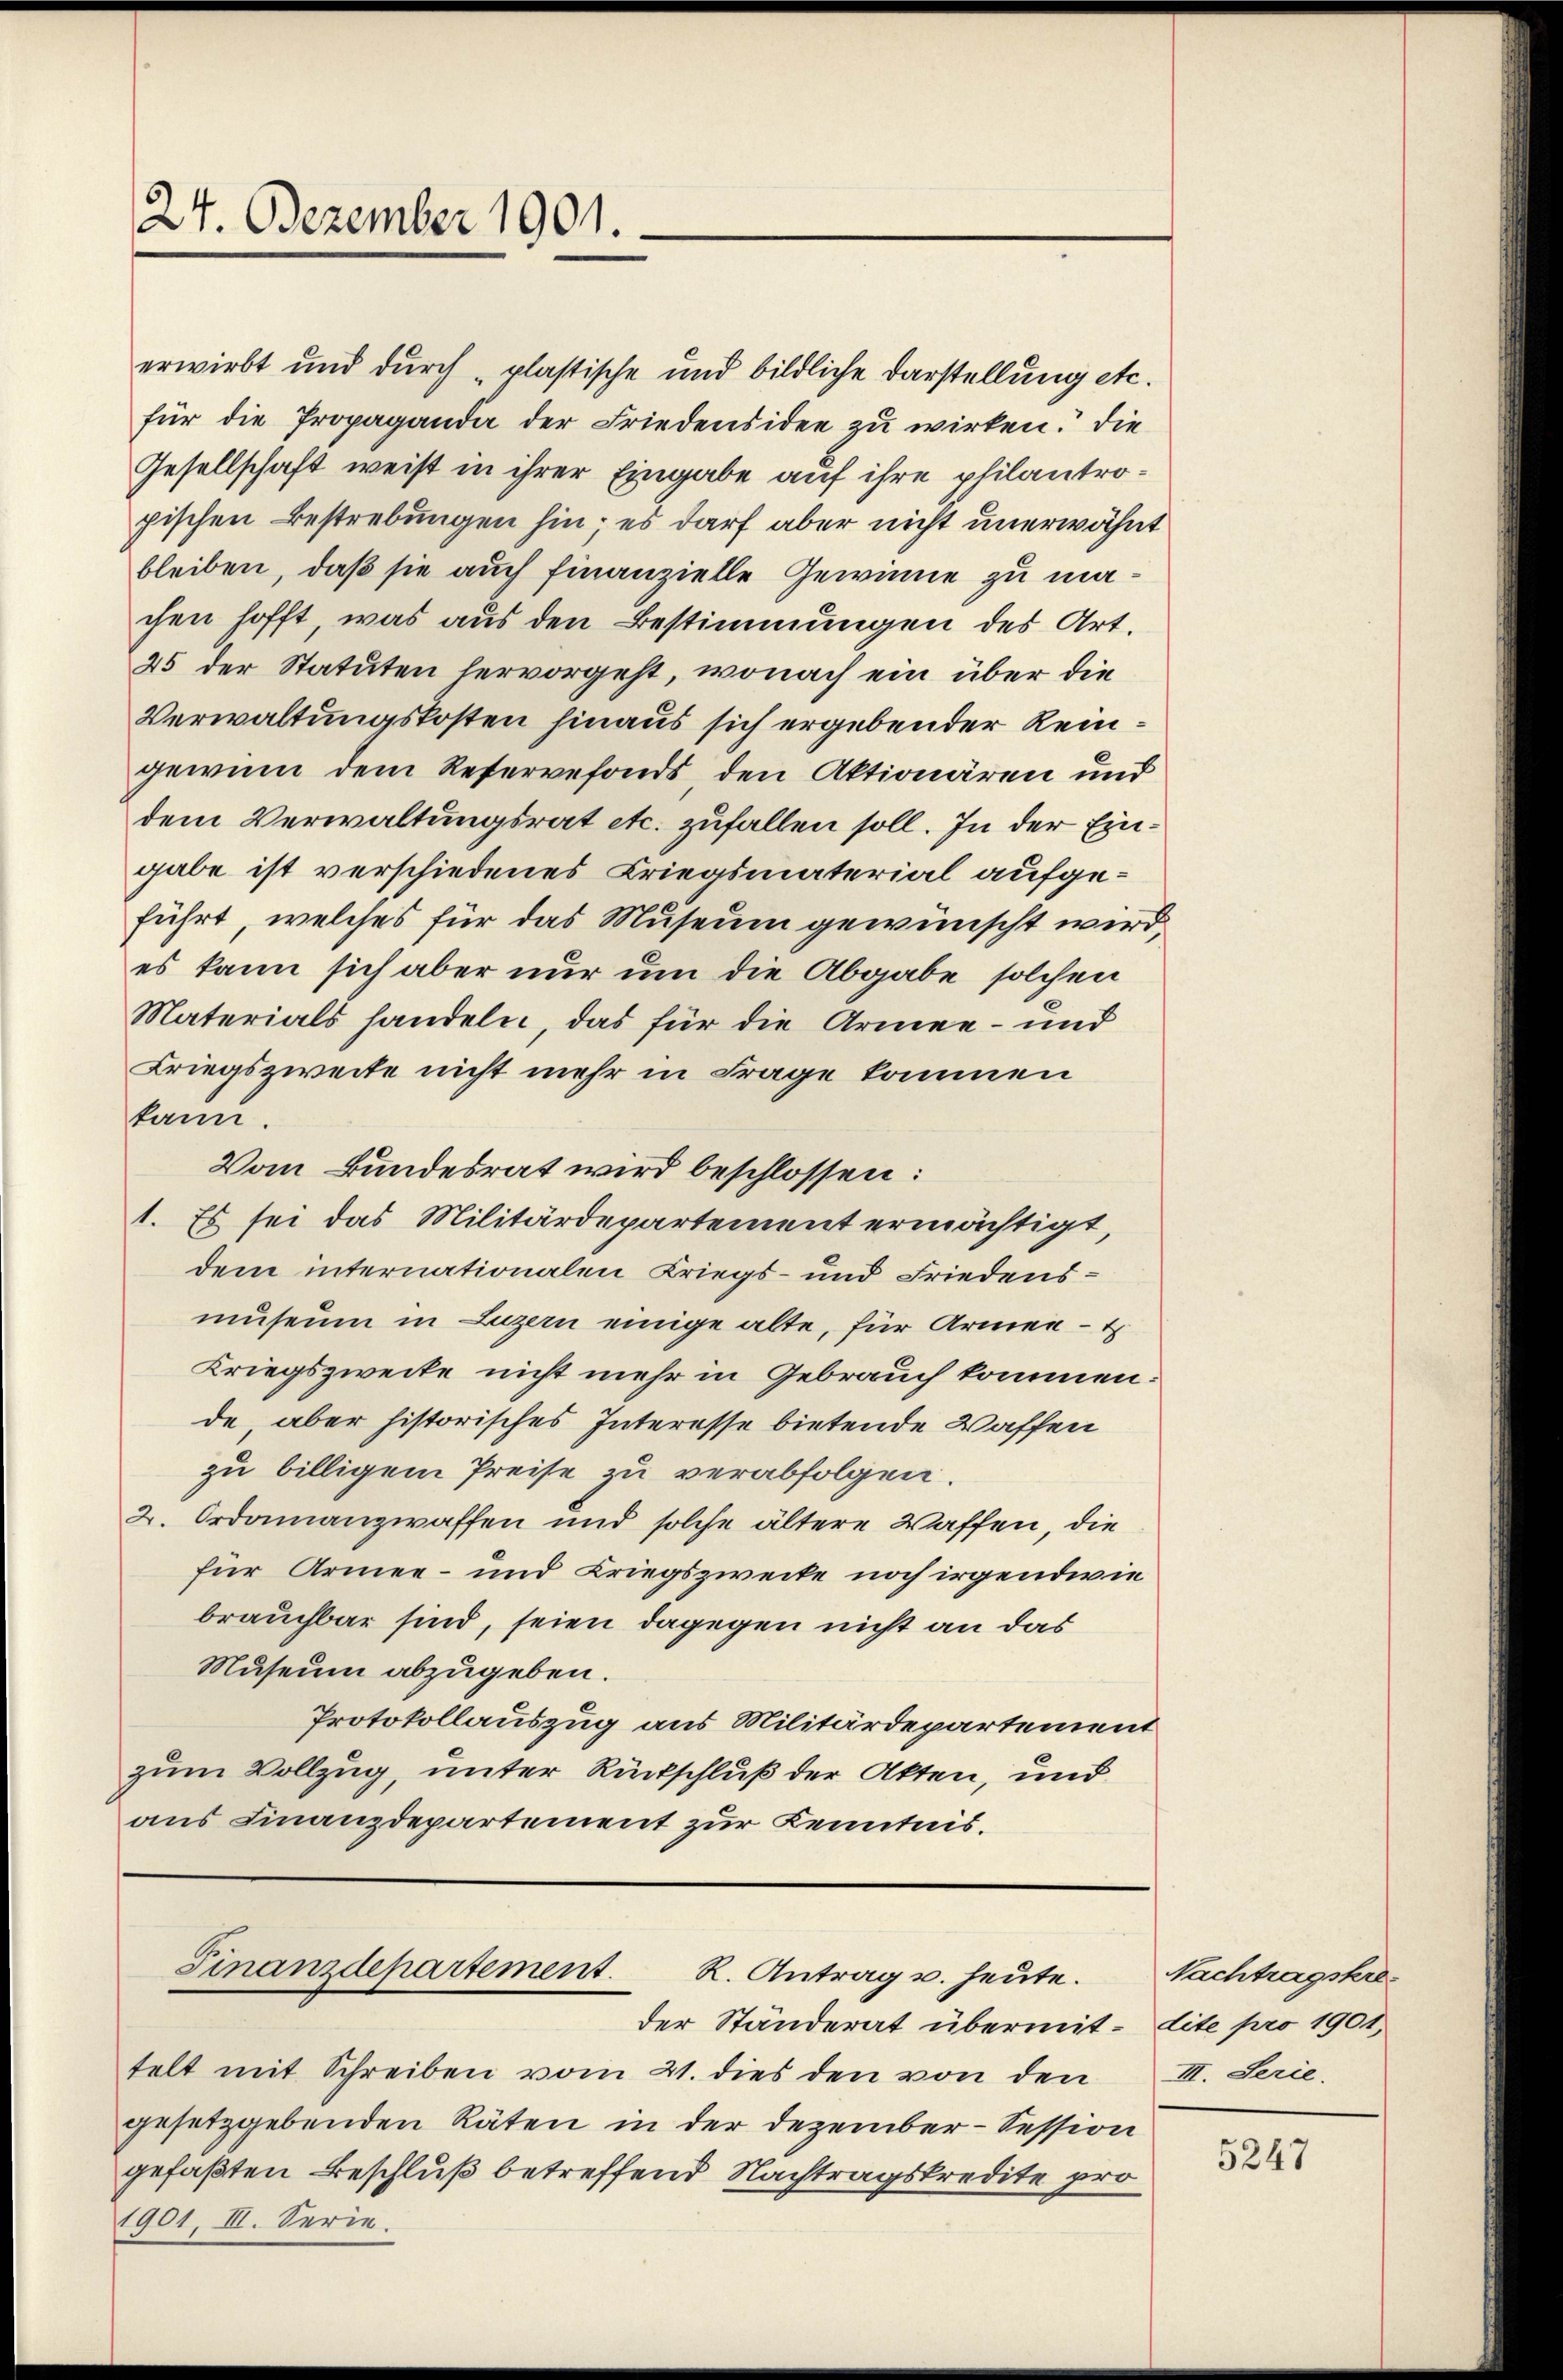
24. Dezember 1901.

erwirbt und durch „plastische und bildliche Darstellung etc.
für die Propaganda der Friedensidee zu wirken. Die
Gesellschaft weist in ihrer Eingabe auf ihre philantropischen Bestrebungen hin; es darf aber nicht unerwähnt
bleiben, daß sie auch finanzielle Gewinne zu machen hofft, was aus den Bestimmungen des Art.
25 der Statuten hervorgeht, wonach ein über die
Verwaltungskosten hinaus sich ergebender Reingewinn dem Reservefonds, den Aktionären und
dem Verwaltungsrat etc. zufallen soll. In der Eingabe ist verschiedenes Kriegsmaterial aufgeführt, welches für das Museum gewünscht wird,
es kann sich aber nur um die Abgabe solchen
Materials handeln, das für die Armee- und
Kriegszweite nicht mehr in Frage kommen
kann.
Vom Bundesrat wird beschlossen:
1. Es sei das Militärdepartement ermächtigt,
dem internationalen Kriegs- und Friedensmuseum in Luzern einige alte, für Armen -
Kriegszweite nicht mehr in Gebrauch kommen.
de aber historisches Interesse bietende Waffen
zu billigem Preise zu verabfolgen.
2. Ordonanzwaffen und solche ältere Waffen, die
für Armee- und Kriegszwecke noch irgendwie
brauchbar sind, seien dagegen nicht an das
Museum abzugeben.
Protokollauszug aus Militärdepartement
zum Vollzug, unter Rückschluß der Akten, und
aus Finanzdepartement zur Kenntnis.

der Ständerat übermit dite pro 1901,
telt mit Schreiben vom 21. dies den von den
gesetzgebenden Räten in der Dezember-Session
gefaßten Beschluß betreffend Nachtragskredite pro
1901, III. Serie.

Finanzdepartement. R. Antrag u. heute.

Nachtragskre
III. Serie.

5247